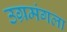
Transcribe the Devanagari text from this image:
उग्रमंगला